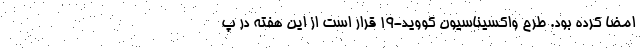
امضا کرده بود. طرح واکسیناسیون کووید-۱۹ قرار است از این هفته در پ